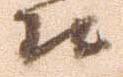
え